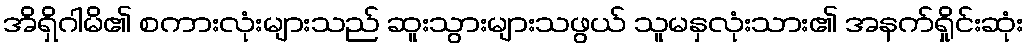
အိရှိဂါမိ၏ စကားလုံးများသည် ဆူးသွားများသဖွယ် သူမနှလုံးသား၏ အနက်ရှိုင်းဆုံး